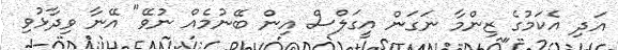
އަދި އެކަމުގެ ޒިންމާ ނަގަން އީގަލްސް އިން ބޭނުމެއް ނުވޭ" އޭނާ ވިދާޅުވި